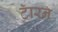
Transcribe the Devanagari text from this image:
टॅारन